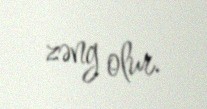
zəng olur.